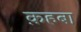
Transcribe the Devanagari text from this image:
क़हबा